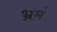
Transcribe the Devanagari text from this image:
भ्रमं